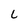
Character: L